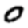
Digit: 0